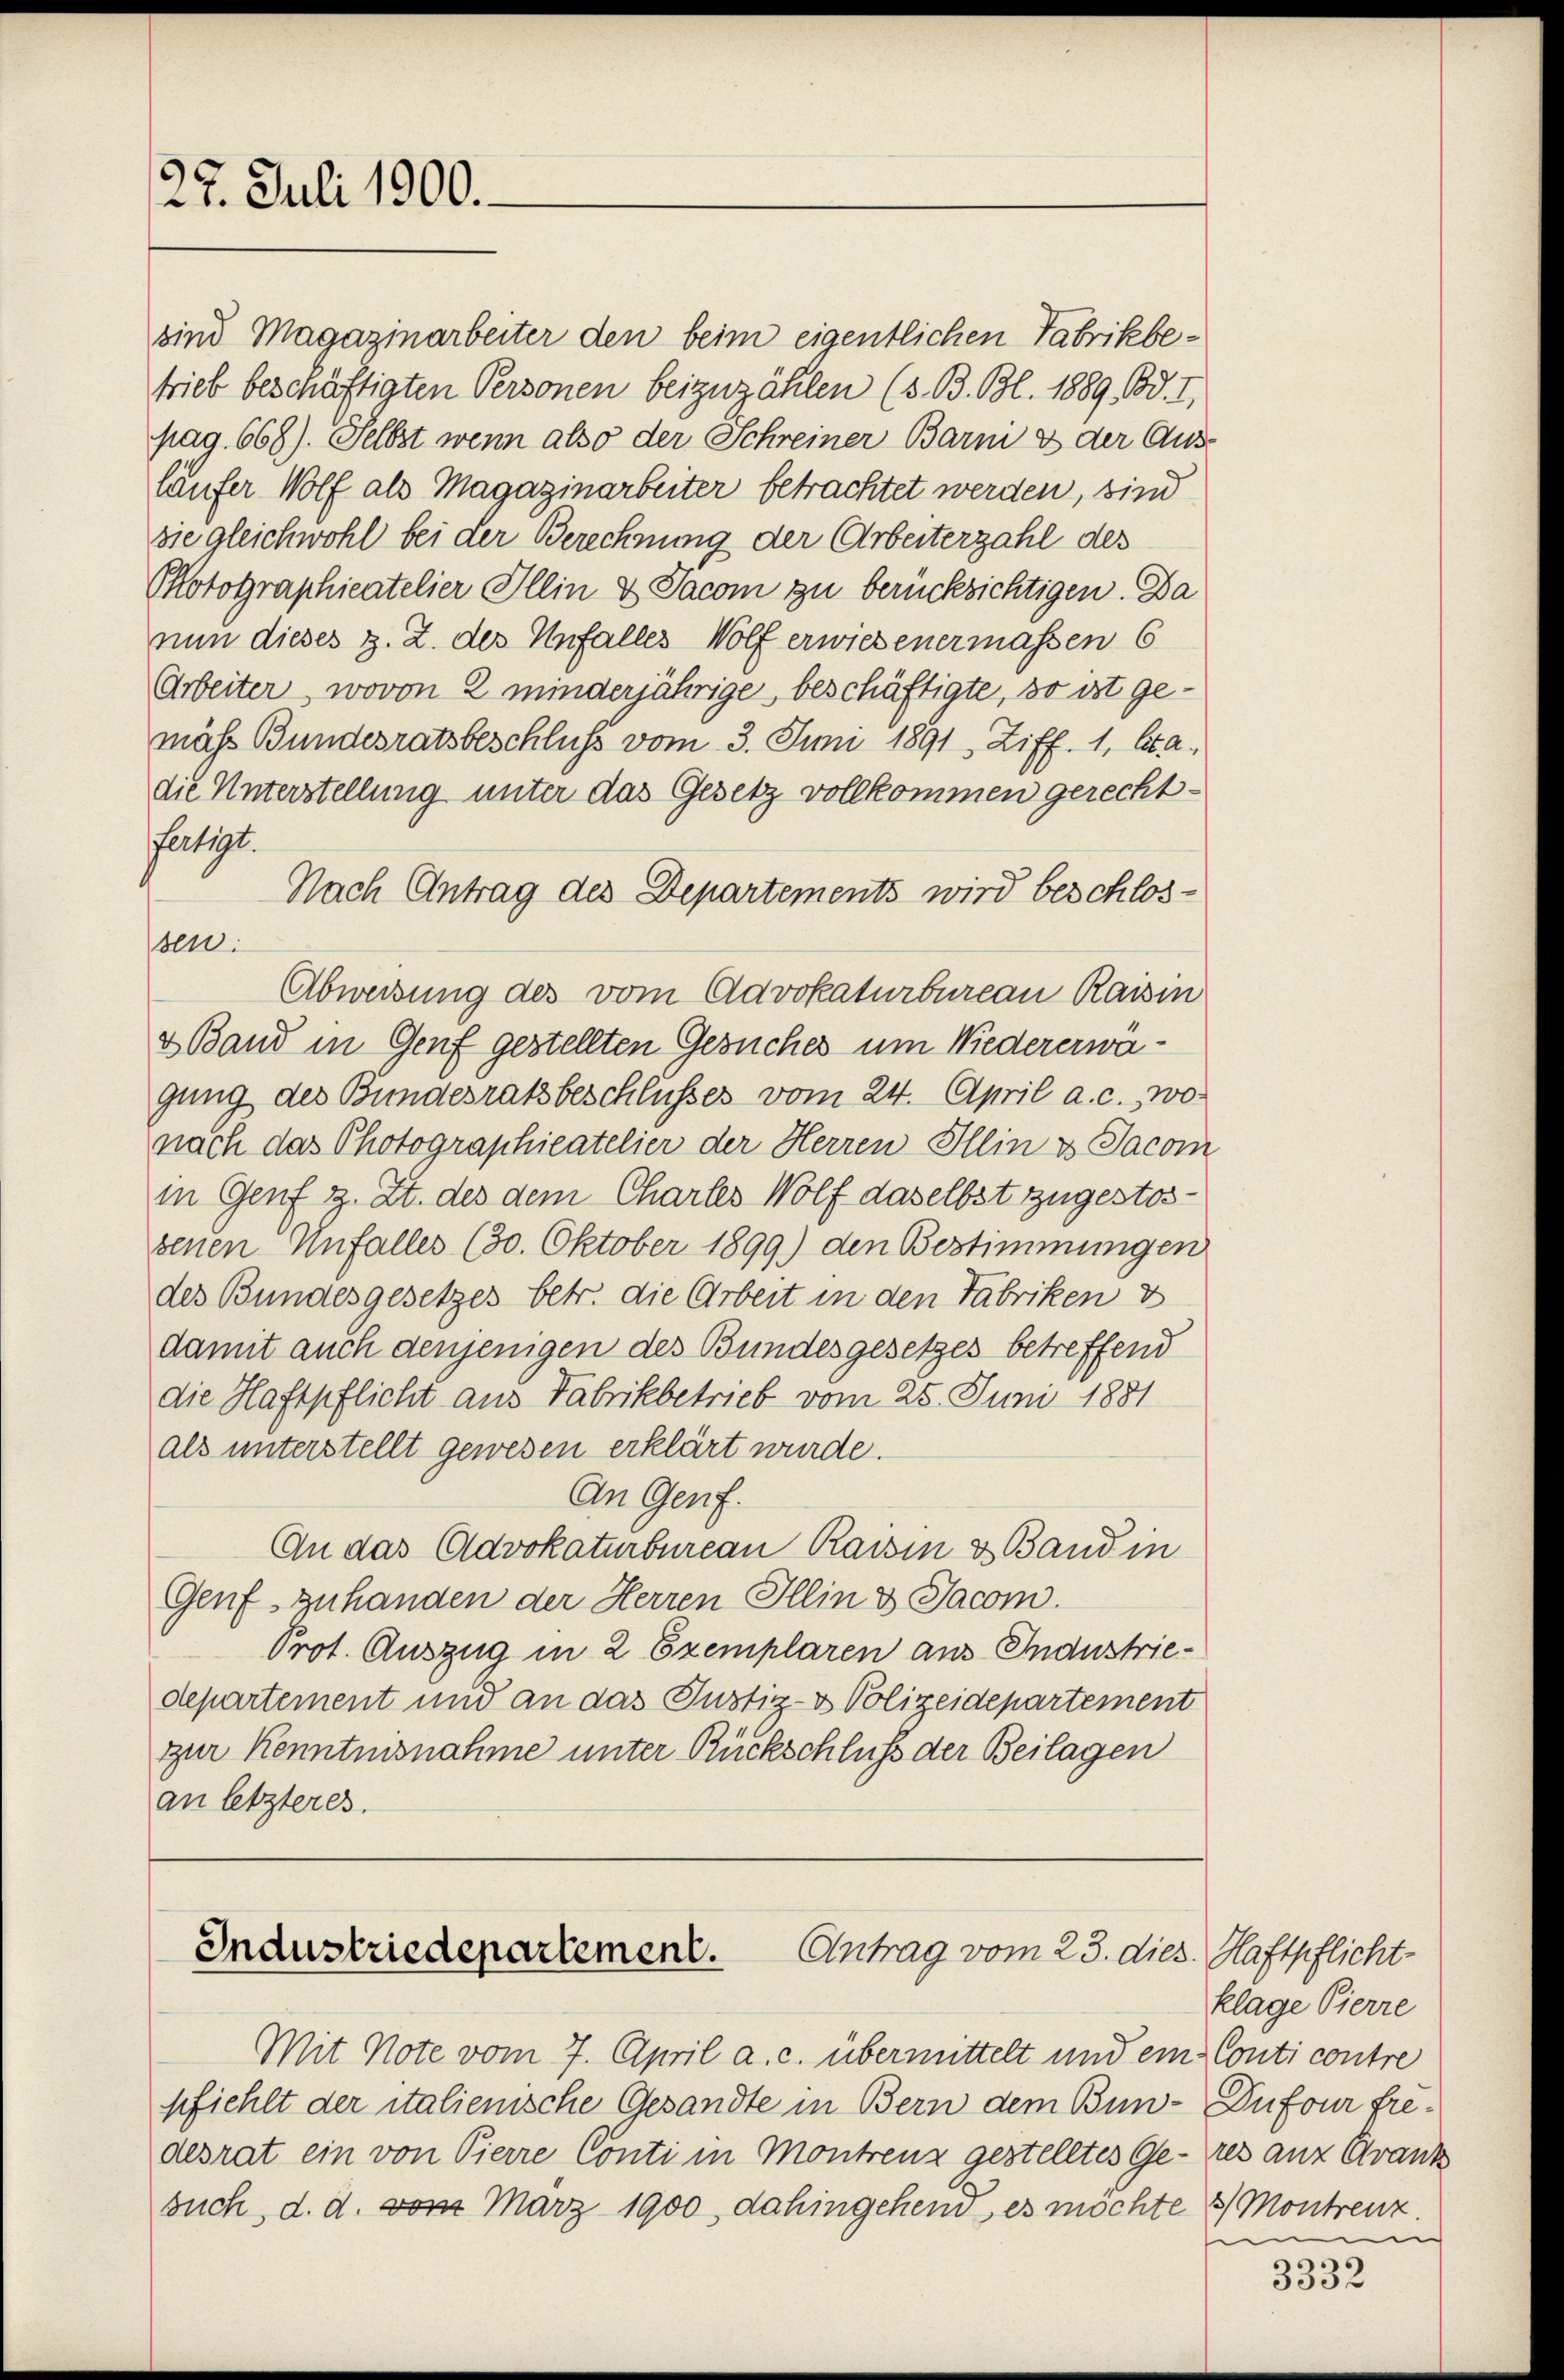
27. Juli 1900.

Photographieatelier Illin & Jacom zu berücksichtigen. Da
nun dieses z. Z. des Unfalles Wolf erwiesenermassen 6
Arbeiter, wovon 2 minderjährige beschäftigte, so ist gemäss Bundesratsbeschluß vom 3. Juni 1891 Ziff. 1, Sta
die Unterstellung unter das Gesetz vollkommen gerecht-
fatigt.
Nach Antrag des Departements wird beschlosssen.
Abweisung des vom Advokaturbureau Raisin
2 Band in Genf gestellten Gesuches um Wiedererwägung des Bundesratsbeschlusses vom 24. April a. c., wo
nach das Photographieatelier der Herren Illin u. Jacom
in Genf z. Zt. des dem Chartes Wolf daselbst zugestos-
senen Unfalles (30. Oktober 1899) den Bestimmungen
des Bundesgesetzes betr. die Arbeit in den Fabriken d
damit auch denjenigen des Bundesgesetzes betreffend
die Haftpflicht aus Fabrikbetrieb vom 25. Juni 1881
als unterstellt gewesen erklärt wurde.
An Genf.
An das Advokaturbureau Raisin & Band in
Genf zuhanden der Herren Illin & Jacom.
Prot. Auszug in 2 Exemplaren aus Industrie-
departement und an das Justiz- & Polizeidepartement
zur Kenntnisnahme unter Rückschluß der Beilagen
an letzteres.

sind Magazinarbeiter den beim eigentlichen Fabrikbetrieb beschäftigten Personen beizuzählen (s. B. Bl. 1889. Bd. I,
pag. 668). Selbst wenn also der Schreiner Barni e der Aus
läufer Wolf als Magazinarbeiter betrachtet werden, sind
sie gleichwohl bei der Berechnung der Arbeiterzahl des

Industriedepartement. Antrag vom 23. dies. Haftpflicht-

Mit Note vom 7. April a. c. übermittelt und ein Conti contre
pfiehlt der italienische Gesandte in Bern dem Bun-Dufour fredesrat ein von Pierre Conti in Montrenz gestelltes Ge- res anz Krank
such, d. d. vom März 1900, dahingehend, es möchte

klage Pierre
3) Montrenz.
e

3332